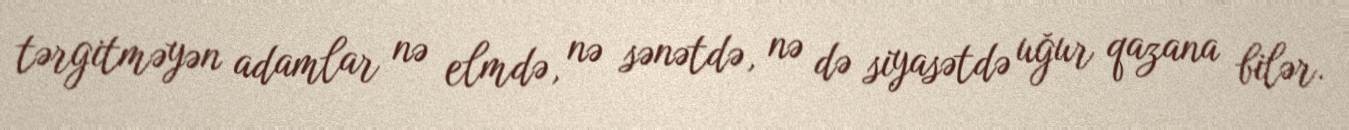
tərgitməyən adamlar nə elmdə, nə sənətdə, nə də siyasətdə uğur qazana bilər.